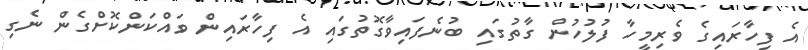
އެ ފިހާރައިގެ ވެރިމީހާ ފުލުހުން ގާތުގައި ބުނެފައިވާގޮތުގައި އެ ފިހާރައިން ވައްކަންކޮށްގެން ނެގި